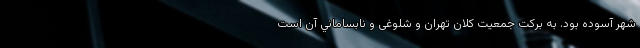
شهر آسوده بود. به بركت جمعيت کلان تهران و شلوغی و نابساماني آن است